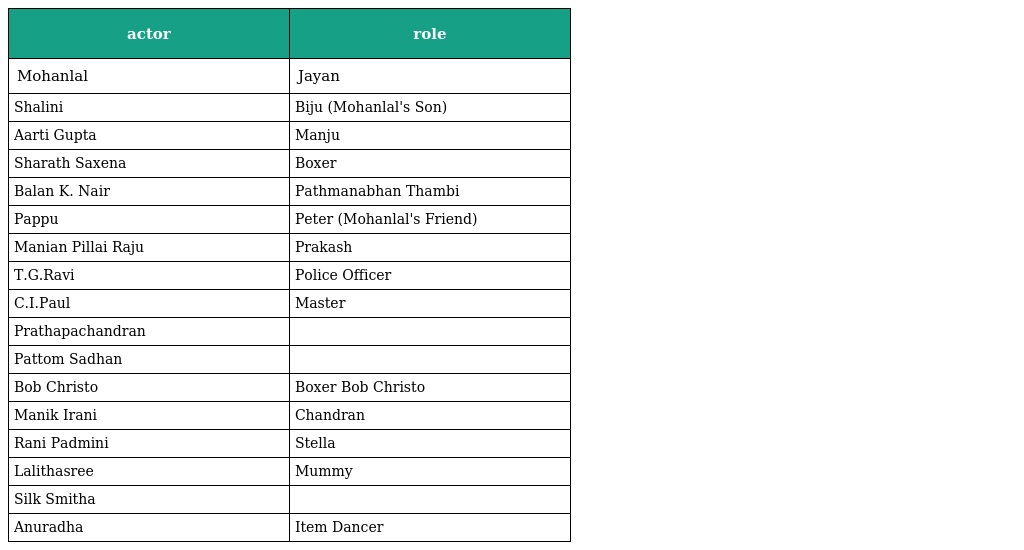
| actor | role |
 | --- | --- |
 | Mohanlal | Jayan |
 | Shalini | Biju (Mohanlal's Son) |
 | Aarti Gupta | Manju |
 | Sharath Saxena | Boxer |
 | Balan K. Nair | Pathmanabhan Thambi |
 | Pappu | Peter (Mohanlal's Friend) |
 | Manian Pillai Raju | Prakash |
 | T.G.Ravi | Police Officer |
 | C.I.Paul | Master |
 | Prathapachandran |  |
 | Pattom Sadhan |  |
 | Bob Christo | Boxer Bob Christo |
 | Manik Irani | Chandran |
 | Rani Padmini | Stella |
 | Lalithasree | Mummy |
 | Silk Smitha |  |
 | Anuradha | Item Dancer |